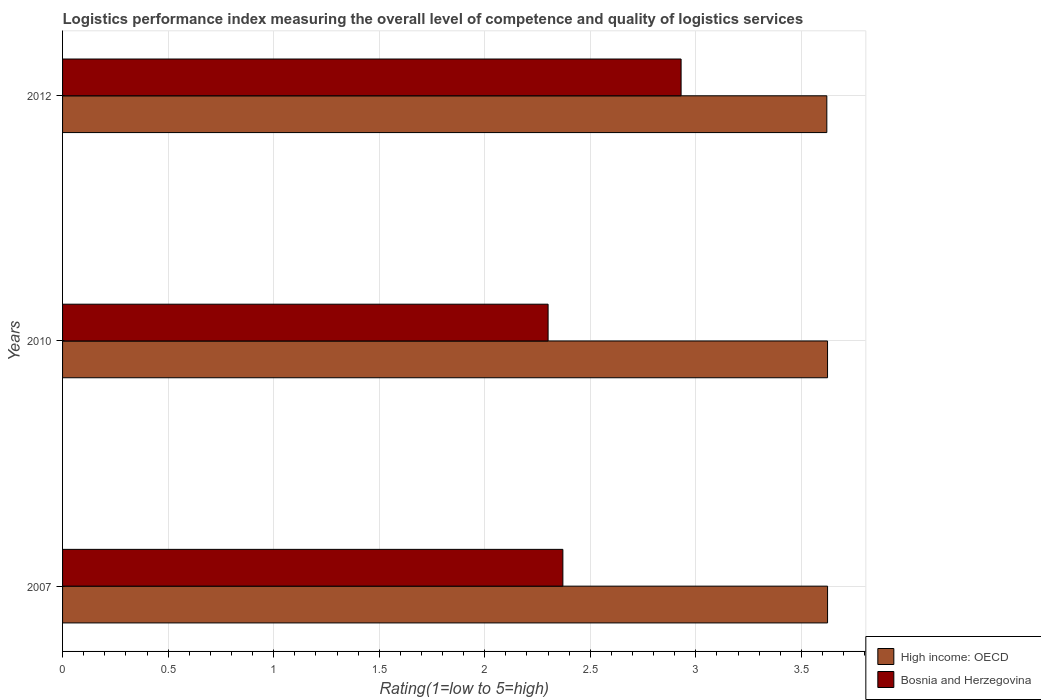
| Years | High income: OECD | Bosnia and Herzegovina |
 | --- | --- | --- |
 | 2007 | 3.62 | 2.37 |
 | 2010 | 3.62 | 2.3 |
 | 2012 | 3.62 | 2.93 |